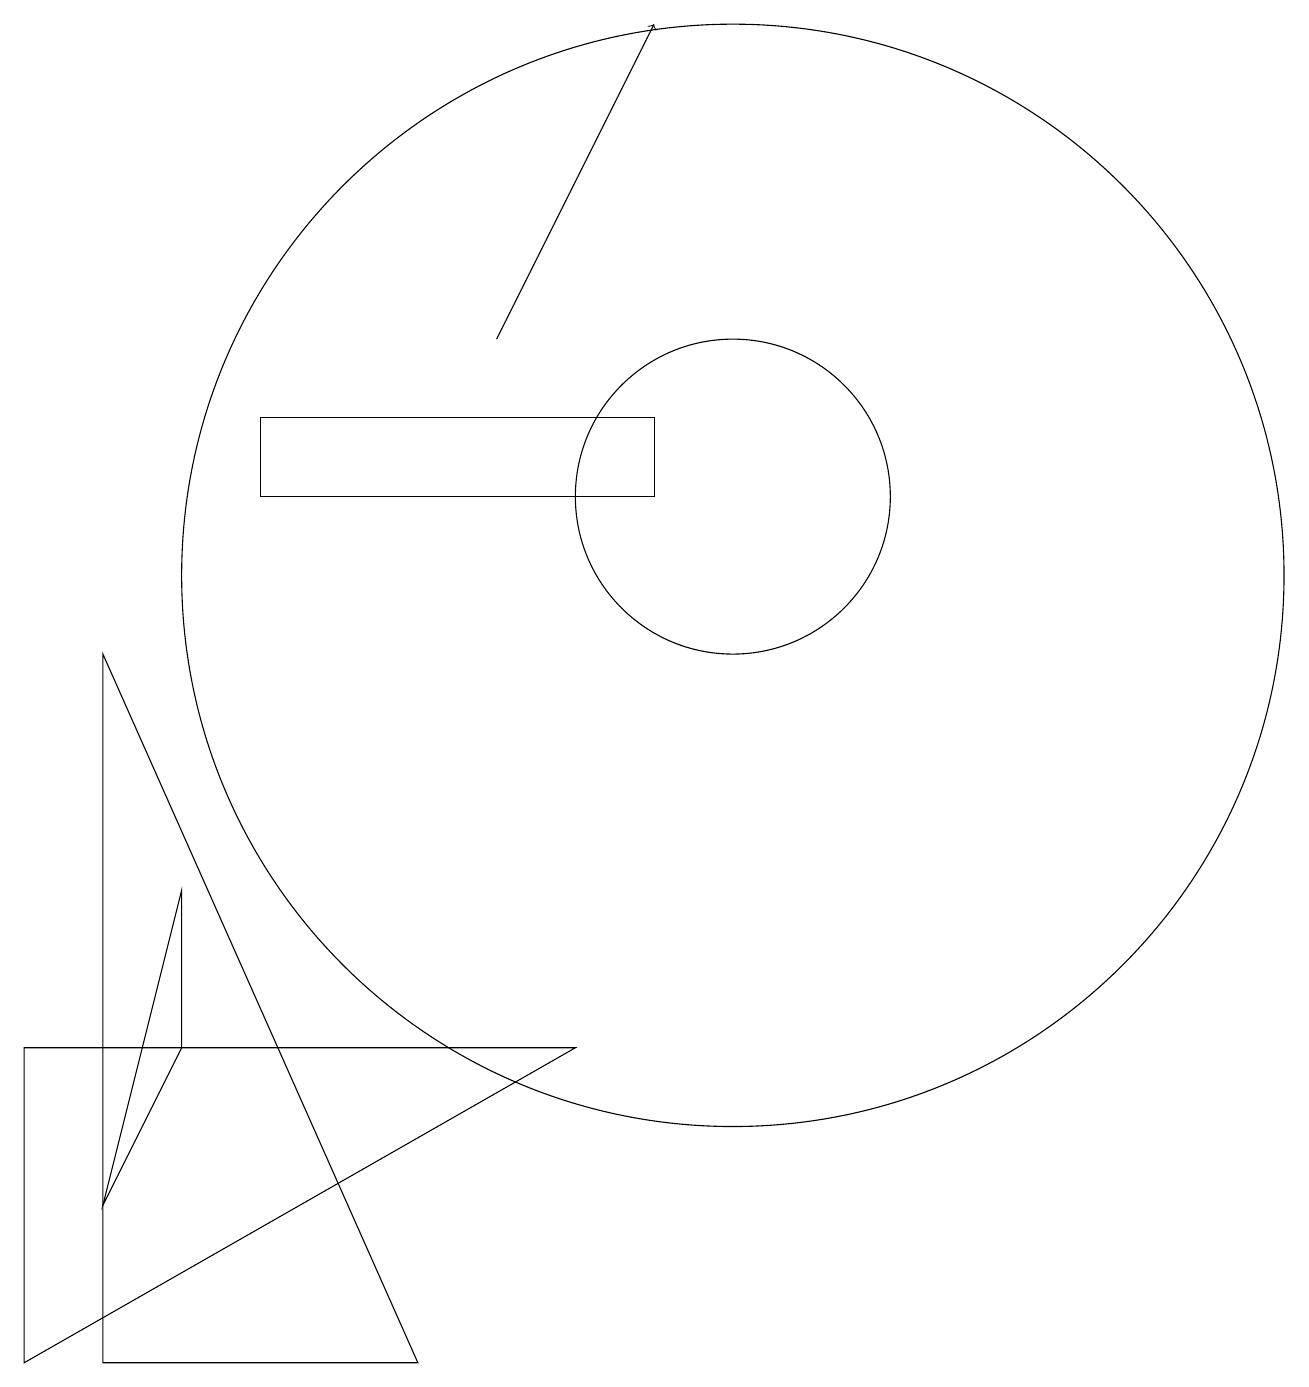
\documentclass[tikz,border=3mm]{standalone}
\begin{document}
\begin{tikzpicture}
\draw (10,11) circle (2);
\draw (2,9) -- (2,0) -- (6,0) -- cycle;
\draw (4,11) rectangle (9,12);
\draw (1,0) -- (1,4) -- (8,4) -- cycle;
\draw (3,4) -- (2,2) -- (3,6) -- cycle;
\draw[->] (7,13) -- (9,17);
\draw (10,10) circle (7);
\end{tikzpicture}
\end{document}